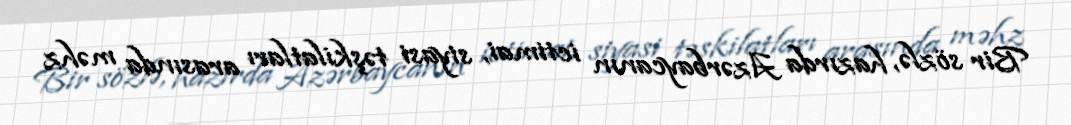
Bir sözlə, hazırda Azərbaycanın ictimai, siyasi təşkilatları arasında məhz